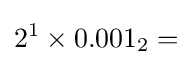
2^{1}\times 0.001_{2}=